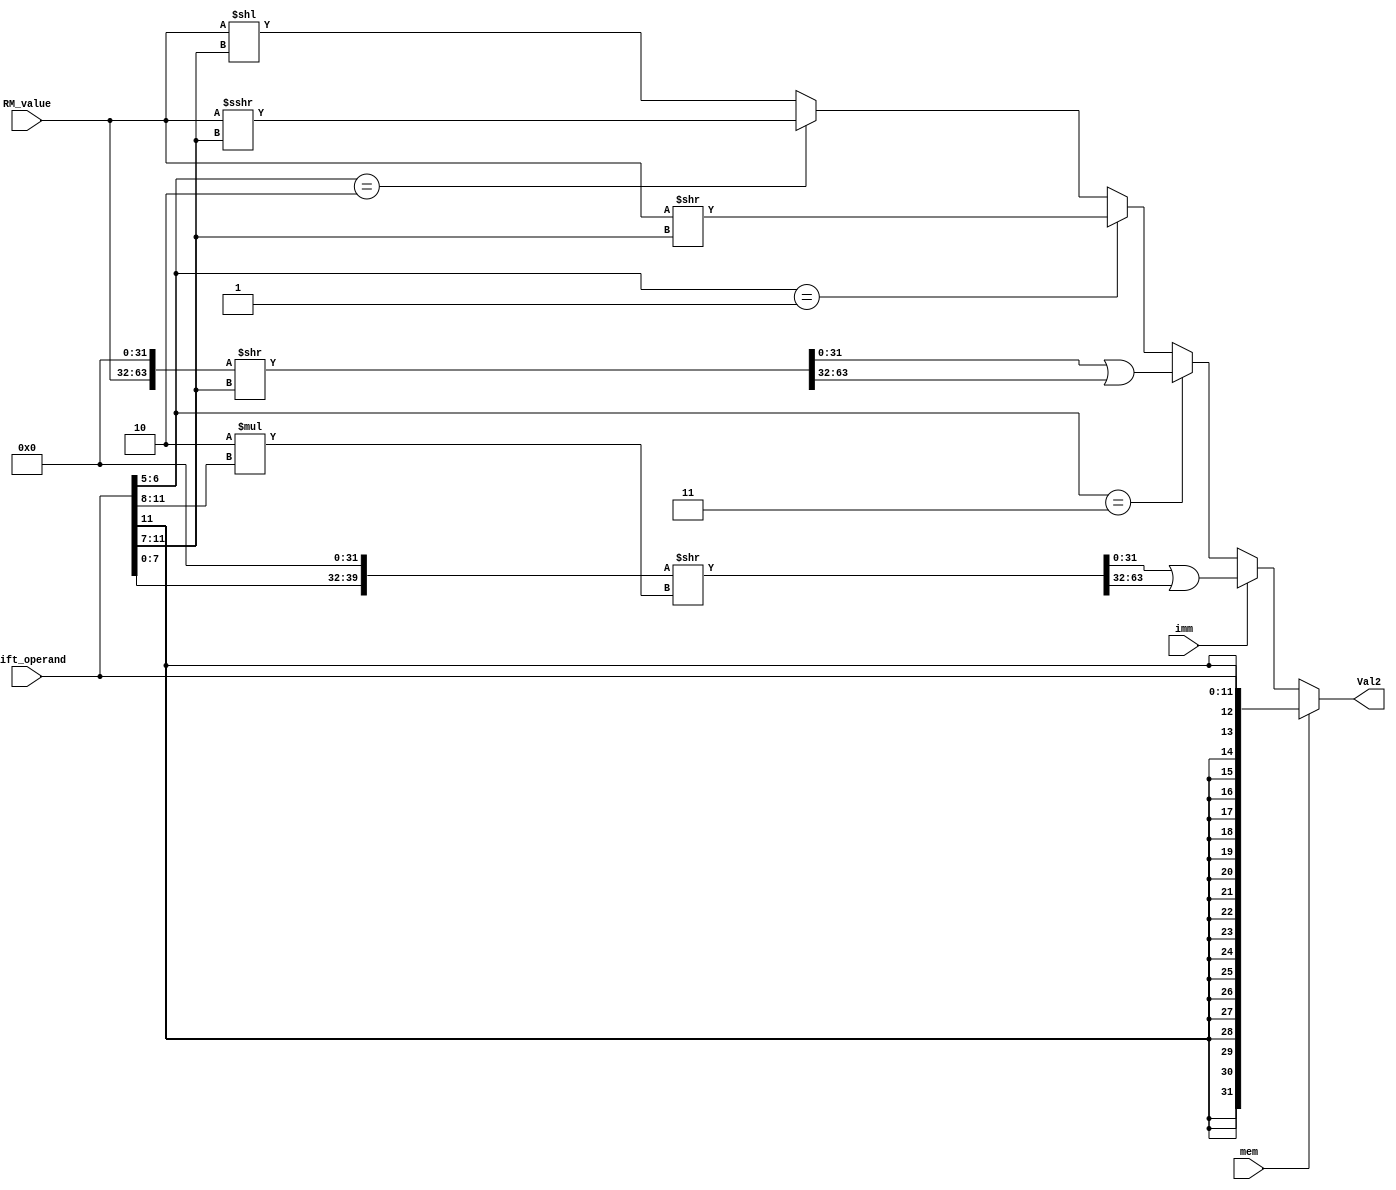
module VALUE2_Generator (
    input[11:0] Shift_operand,
    input[31:0] RM_value,
    input imm, mem,
    output reg[31:0] Val2
);

    wire[7:0] immed_8 = Shift_operand[7:0];
    wire[3:0] rotate_imm = Shift_operand[11:8];
    wire[4:0] shift_imm = Shift_operand[11:7];
    wire[1:0] shift = Shift_operand[6:5];
    reg[63:0] temp_64;

    always @ (imm, shift, Shift_operand, RM_value) begin
        temp_64 = 64'b0;
        Val2 = 32'b0;
        if (mem)
            Val2 = { {20{Shift_operand[11]}}, Shift_operand };
        else if (imm) begin
            temp_64[39:32] = immed_8;
            temp_64 = temp_64 >> (2*rotate_imm);
            Val2 = temp_64[31:0] | temp_64[63:32];
        end else begin
            temp_64[63:32] = RM_value;
            if (shift == 2'b11) begin
                temp_64[63:32] = RM_value;
                temp_64 = temp_64 >> shift_imm;
                Val2 = temp_64[31:0] | temp_64[63:32];
            end else if (shift == 2'b01) 
                Val2 = RM_value >> shift_imm;
			else if (shift == 2'b10) 
                Val2 = RM_value >>> shift_imm;
            else 
                Val2 = RM_value << shift_imm; 
        end
    end

endmodule